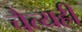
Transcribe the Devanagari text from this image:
चैत्यही